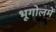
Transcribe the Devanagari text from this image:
भूगोलमें